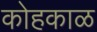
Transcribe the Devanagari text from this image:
कोहकाळ